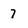
Character: 7